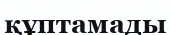
құптамады